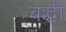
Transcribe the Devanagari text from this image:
बद्धी